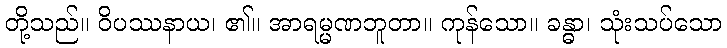
တို့သည်။ ဝိပဿနာယ၊ ၏။ အာရမ္မဏဘူတာ။ ကုန်သော။ ခန္ဓာ၊ သုံးသပ်သော